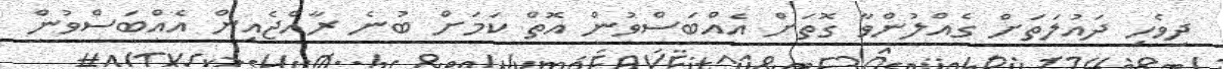
ދިވެހި ދައުލަތަށް ގެއްލުންވާ ގޮތަށް އެއްބަސްވުން އޮތް ކަމަށް ބުނެ ރާއްޖެއިން އެއްބަސްވުން